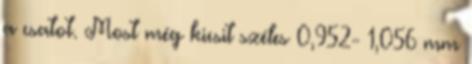
a csatot. Most még kicsit széles 0,952- 1,056 mm